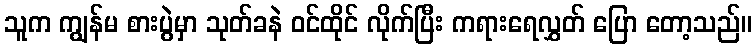
သူက ကျွန်မ စားပွဲမှာ သုတ်ခနဲ ဝင်ထိုင် လိုက်ပြီး ကရားရေလွှတ် ပြော တော့သည်။